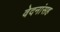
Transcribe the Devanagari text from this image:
वेदनांसह